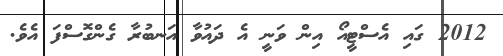
2012 ގައި އެސްޓީއޯ އިން ވަނީ އެ ދައުވާ އަނބުރާ ގެންގޮސްފަ އެވެ.